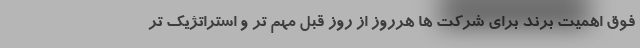
فوق اهمیت برند برای شرکت ها هرروز از روز قبل مهم تر و استراتژیک تر